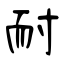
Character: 耐